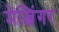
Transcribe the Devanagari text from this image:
मेत्जिंगर